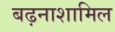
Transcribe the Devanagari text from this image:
बढ़नाशामिल